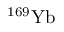
{ } ^ { 1 6 9 } \mathrm { Y b }